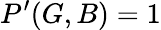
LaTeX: P^{\prime}(G,B)=1